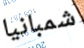
شمبانيا